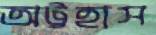
অট্টহাস